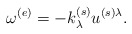
\begin{align*}\omega^{(e)} = - k^{(s)}_{\lambda} u^{(s) \lambda}.\end{align*}